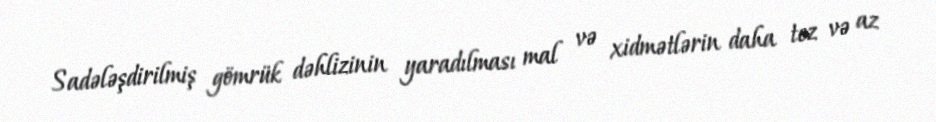
Sadələşdirilmiş gömrük dəhlizinin yaradılması mal və xidmətlərin daha tez və az